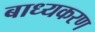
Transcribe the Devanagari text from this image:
बाध्यकरण